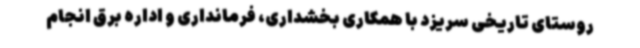
روستای تاریخی سریزد با همکاری بخشداری، فرمانداری و اداره برق انجام